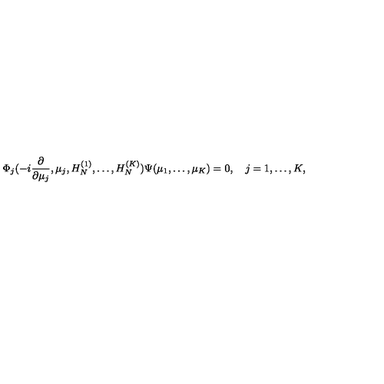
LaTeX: \Phi _ { j } ( - i { \frac { \partial } { \partial \mu _ { j } } } , \mu _ { j } , H _ { N } ^ { ( 1 ) } , \ldots , H _ { N } ^ { ( K ) } ) \Psi ( \mu _ { 1 } , \ldots , \mu _ { K } ) = 0 , \quad j = 1 , \ldots , K ,